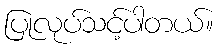
ပြုလုပ်သင့်ပါတယ်။